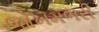
જોખમભરી